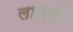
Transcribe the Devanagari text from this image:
लात्त्रे